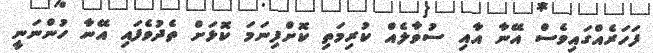
ފަހަރެއްގައިވެސް އޭނާ އާއި ސުވާލެއް ކުރިމަތި ކޮށްފިނަމަ ކޮޅަށް ތެދުވެފައި އޭނާ ހުންނަނީ